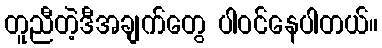
တူညီတဲ့ဒီအချက်တွေ ပါဝင်နေပါတယ်။